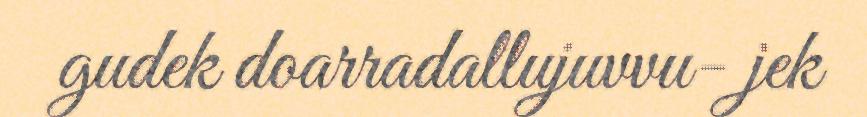
gudek doarradallujuvvu- jek